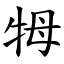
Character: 牳